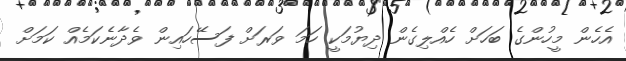
އެހެން މީހުންގެ ބަހަށް ހެއްލިގެން ދިޔުމަކީ ހަމަ ވަރަށް ފަސޭހައިން ވެދާނެކަމެއް ކަމަށް